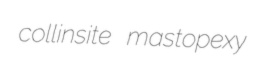
collinsite mastopexy